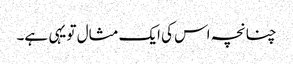
چنانچہ اس کی ایک مثال تو یہی ہے۔